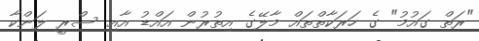
"ރަތް ގައުމު" ގެ ހަރަކާތްތައް މާލޭގެ އިތުރުން އައްޑު އާއި ސްރީ ލަންކާ